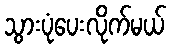
သွားပုံပေးလိုက်မယ်